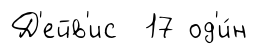
Д'ейв'ис 17 од'и́н